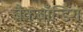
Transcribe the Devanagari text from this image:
बैकबाँन्डिंग